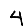
Digit: 4